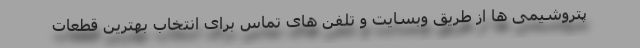
پتروشیمی ها از طریق وبسایت و تلفن های تماس برای انتخاب بهترین قطعات